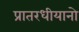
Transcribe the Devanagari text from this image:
प्रातरधीयानो